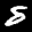
Label: 8